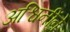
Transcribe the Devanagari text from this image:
अश्विनींने